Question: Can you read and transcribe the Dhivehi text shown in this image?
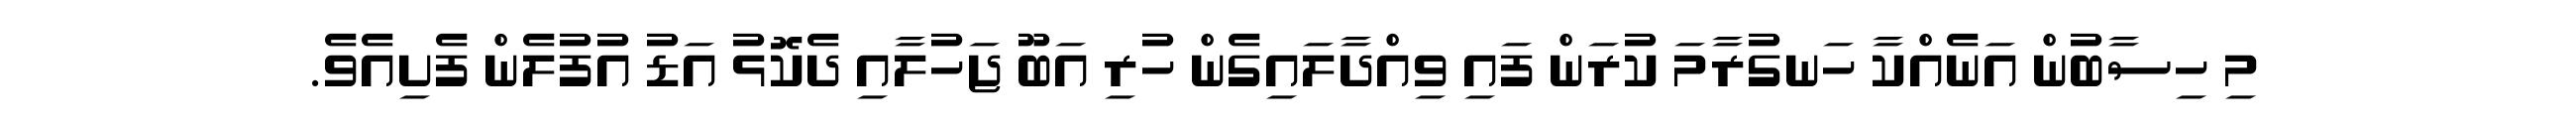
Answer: މި ހިސާބުން އަނެއްކާ ހަނގުރާމަ ކުރަން ފައި ވިއްދާލައިގެން ހުރި އަބޫ ޖަހުލާއި ދެކޮޅު އަޑު އުފުލެން ފެށިއެވެ.